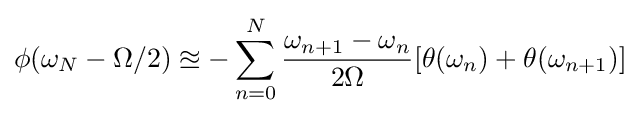
\phi (\omega _{N}-\Omega /2)\approxeq -\sum _{n=0}^{N}{\frac {\omega _{n+1}-\omega _{n}}{2\Omega }}[\theta (\omega _{n})+\theta (\omega _{n+1})]